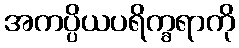
အကပ္ပိယပရိက္ခရာကို